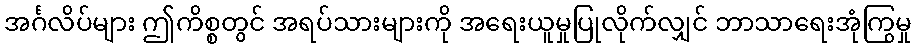
အင်္ဂလိပ်များ ဤကိစ္စတွင် အရပ်သားများကို အရေးယူမှုပြုလိုက်လျှင် ဘာသာရေးအုံကြွမှု